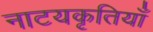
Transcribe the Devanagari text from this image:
नाटयकृतियाँ